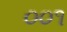
૦૦૧